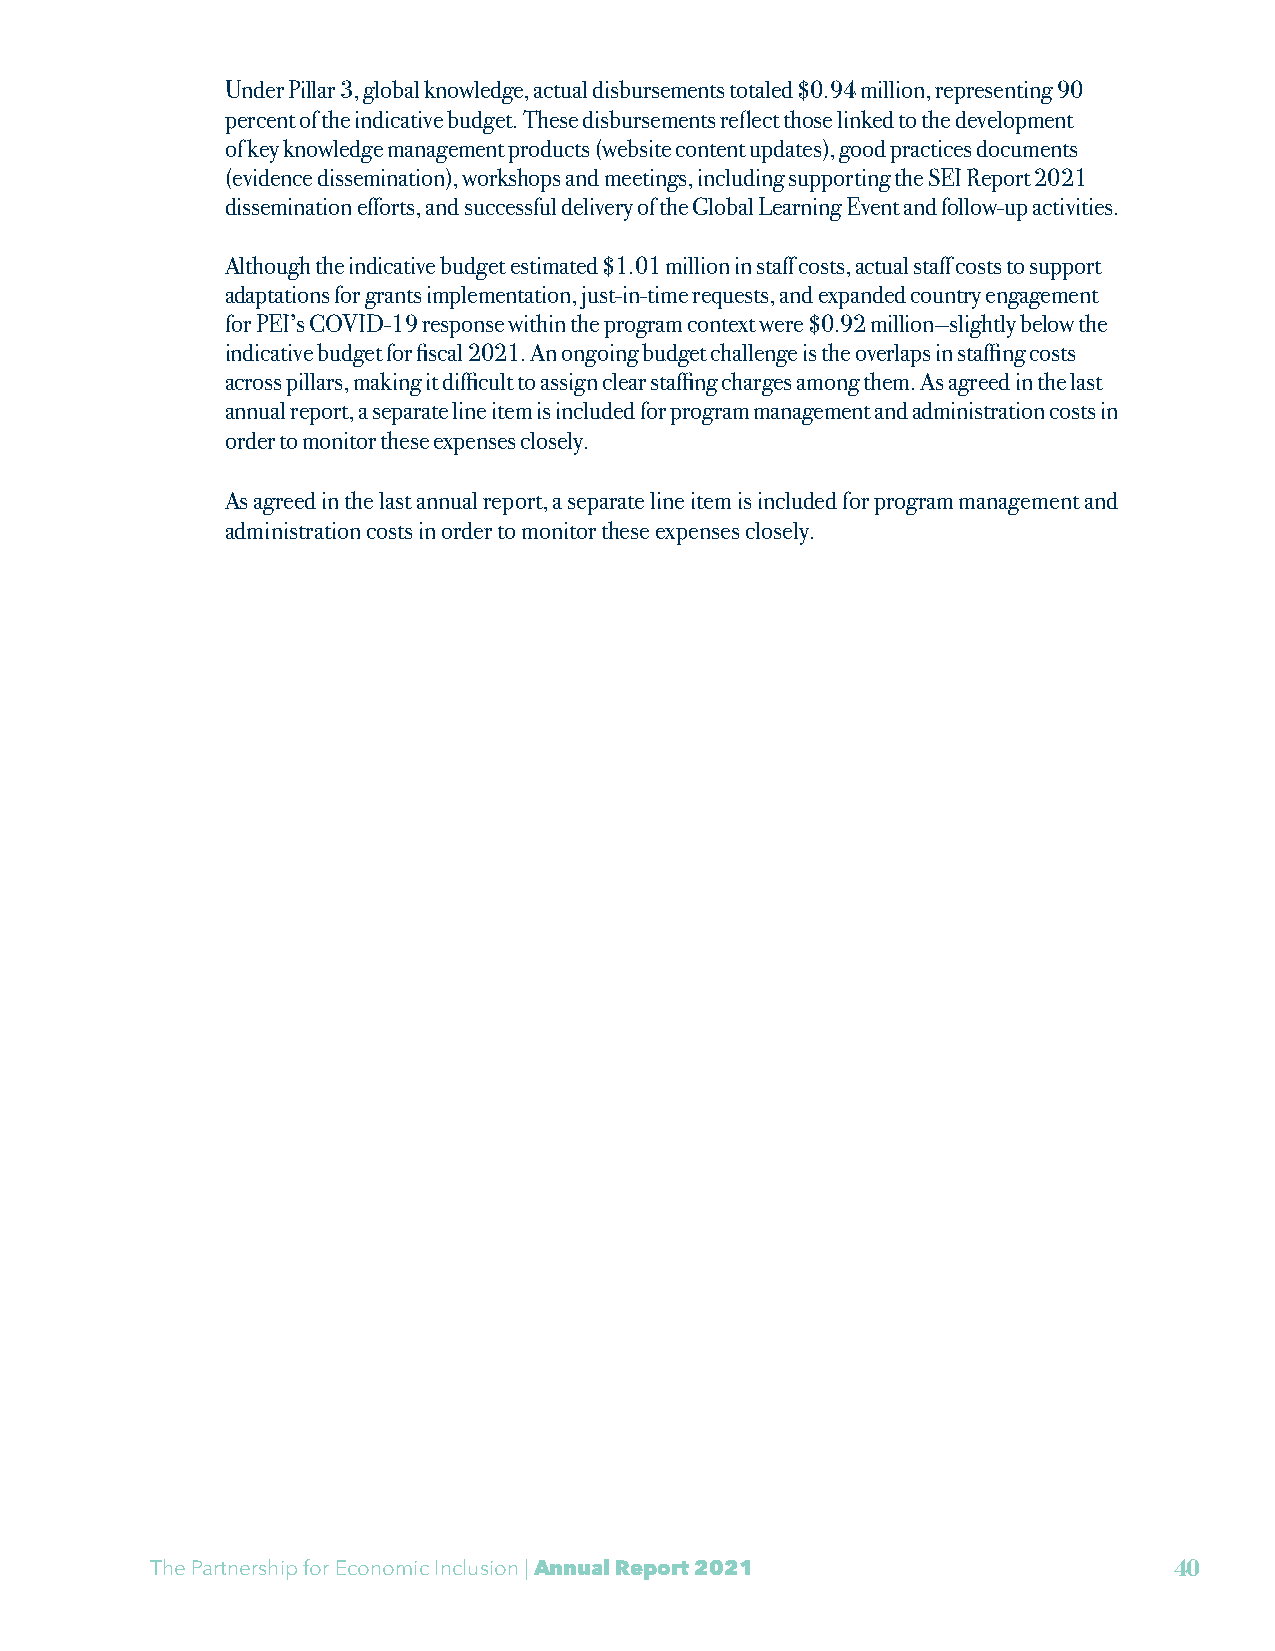
Under Pillar 3, global knowledge, actual disbursements totaled $0.94 million, representing 90
 percent of the indicative budget. These disbursements reflect those linked to the development
 of key knowledge management products (website content updates), good practices documents
 (evidence dissemination), workshops and meetings, including supporting the SEI Report 2021
 dissemination efforts, and successful delivery of the Global Learning Event and follow-up activities.
 Although the indicative budget estimated $1.01 million in staff costs, actual staff costs to support
 adaptations for grants implementation, just-in-time requests, and expanded country engagement
 for PEI’s COVID-19 response within the program context were $0.92 million—slightly below the
 indicative budget for fiscal 2021. An ongoing budget challenge is the overlaps in staffing costs
 across pillars, making it difficult to assign clear staffing charges among them. As agreed in the last
 annual report, a separate line item is included for program management and administration costs in
 order to monitor these expenses closely.
 As agreed in the last annual report, a separate line item is included for program management and
 administration costs in order to monitor these expenses closely.
 The Partnership for Economic Inclusion | Annual Report 2021         40